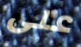
على